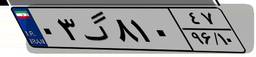
۰۳گ۸۱۰۴۷